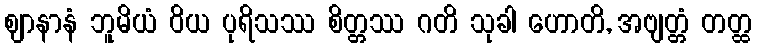
ဈာနာနံ ဘူမိယံ ဝိယ ပုရိသဿ စိတ္တဿ ဂတိ သုခါ ဟောတိ, အဗျတ္တံ တတ္ထ